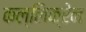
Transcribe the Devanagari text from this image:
कल्लिक्रेन